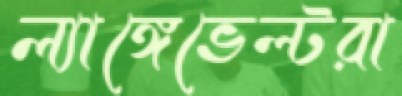
ল্যাঙ্গেভেল্টরা